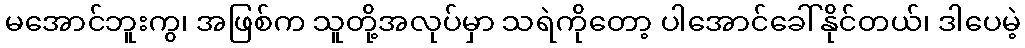
မအောင်ဘူးကွ၊ အဖြစ်က သူတို့အလုပ်မှာ သရဲကိုတော့ ပါအောင်ခေါ်နိုင်တယ်၊ ဒါပေမဲ့